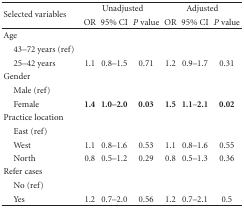
<table><thead><tr><td rowspan="2"><b>Selected variables</b></td><td colspan="3"><b>Unadjusted</b></td><td colspan="3"><b>Adjusted</b></td></tr><tr><td><b>OR</b></td><td><b>95% CI</b></td><td><b><i>P</i> value</b></td><td><b>OR</b></td><td><b>95% CI</b></td><td><b><i>P</i> value</b></td></tr></thead><tbody><tr><td>Age</td><td> </td><td> </td><td> </td><td> </td><td> </td><td> </td></tr><tr><td> 43–72 years (ref)</td><td> </td><td> </td><td> </td><td> </td><td> </td><td> </td></tr><tr><td> 25–42 years</td><td> 1.1</td><td> 0.8–1.5</td><td> 0.71</td><td> 1.2</td><td> 0.9–1.7</td><td> 0.31</td></tr><tr><td>Gender</td><td> </td><td> </td><td> </td><td> </td><td> </td><td> </td></tr><tr><td> Male (ref)</td><td> </td><td> </td><td> </td><td> </td><td> </td><td> </td></tr><tr><td> Female</td><td><b>1.4</b></td><td><b>1.0</b>–<b>2.0</b></td><td><b>0.03</b></td><td><b>1.5</b></td><td><b>1.1</b>–<b>2.1</b></td><td><b>0.02</b></td></tr><tr><td>Practice location</td><td> </td><td> </td><td> </td><td> </td><td> </td><td> </td></tr><tr><td> East (ref)</td><td> </td><td> </td><td> </td><td> </td><td> </td><td> </td></tr><tr><td> West</td><td> 1.1</td><td> 0.8–1.6</td><td> 0.53</td><td> 1.1</td><td> 0.8–1.6</td><td> 0.55</td></tr><tr><td> North</td><td>0.8</td><td>0.5–1.2</td><td>0.29</td><td>0.8</td><td>0.5–1.3</td><td>0.36</td></tr><tr><td>Refer cases</td><td> </td><td> </td><td> </td><td> </td><td> </td><td> </td></tr><tr><td> No (ref)</td><td> </td><td> </td><td> </td><td> </td><td> </td><td> </td></tr><tr><td> Yes</td><td>1.2</td><td>0.7–2.0</td><td> 0.56</td><td> 1.2</td><td> 0.7–2.1</td><td> 0.5</td></tr></tbody></table>